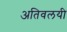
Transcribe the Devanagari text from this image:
अतिवलयी